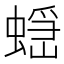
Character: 𧏭